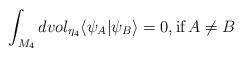
LaTeX: \begin{align*}\int_{M_4}dvol_{\eta_4}\langle \psi_A|\psi_B\rangle =0, \textrm{if}\, A\neq B\end{align*}